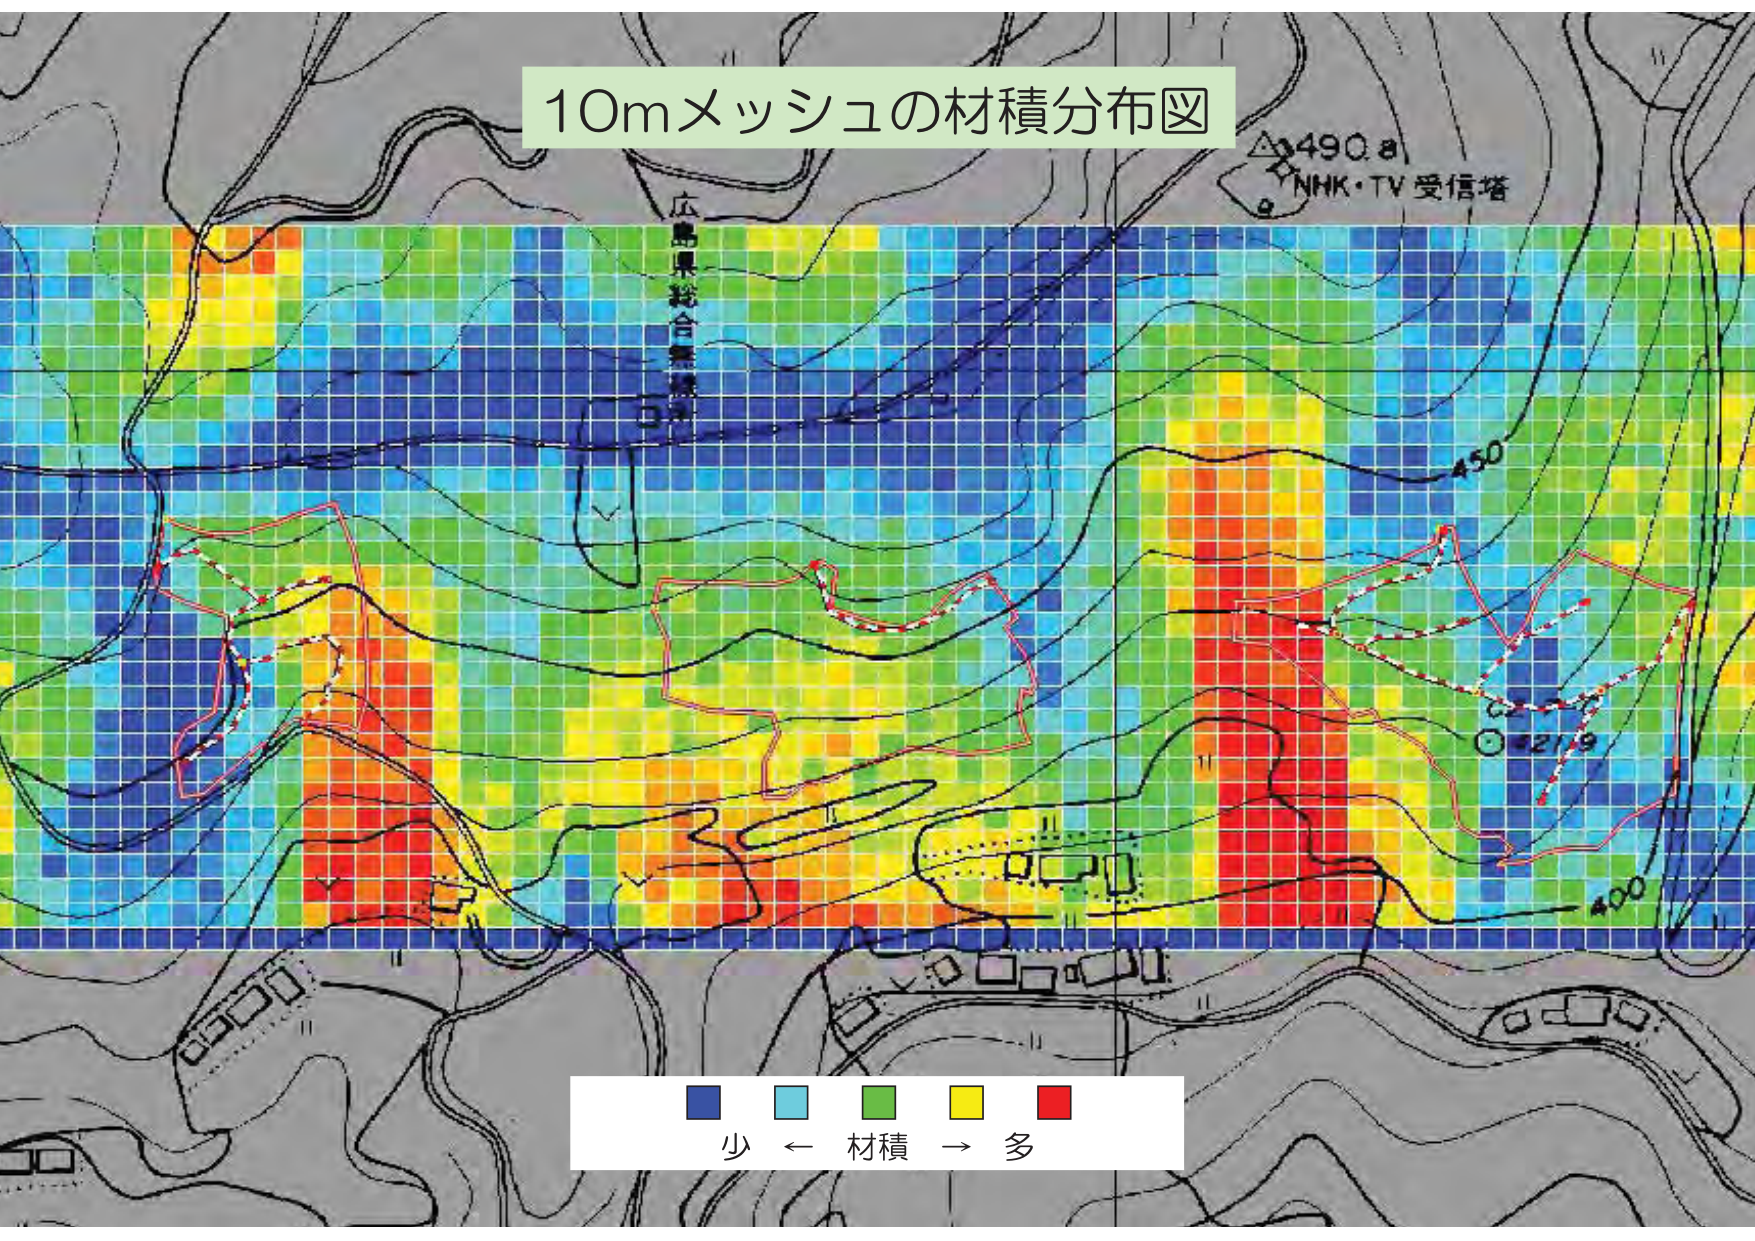
10mメッシュの材積分布図
広島県総合事務所
△490.8
NHK・TV受信塔
450
421.9
400
少 ← 材積 → 多